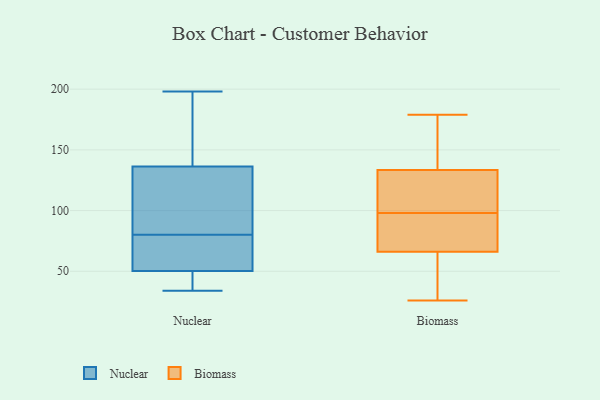
{"axis": {"x": "Customer Acquisition Cost (USD)", "y": "Value"}, "legend": ["Biomass", "Nuclear"], "data": [{"x": "", "y": 80, "type": "Nuclear"}, {"x": "", "y": 116, "type": "Nuclear"}, {"x": "", "y": 63, "type": "Nuclear"}, {"x": "", "y": 198, "type": "Nuclear"}, {"x": "", "y": 139, "type": "Nuclear"}, {"x": "", "y": 195, "type": "Nuclear"}, {"x": "", "y": 39, "type": "Nuclear"}, {"x": "", "y": 128, "type": "Nuclear"}, {"x": "", "y": 46, "type": "Nuclear"}, {"x": "", "y": 34, "type": "Nuclear"}, {"x": "", "y": 75, "type": "Nuclear"}, {"x": "", "y": 104, "type": "Biomass"}, {"x": "", "y": 179, "type": "Biomass"}, {"x": "", "y": 153, "type": "Biomass"}, {"x": "", "y": 71, "type": "Biomass"}, {"x": "", "y": 76, "type": "Biomass"}, {"x": "", "y": 74, "type": "Biomass"}, {"x": "", "y": 103, "type": "Biomass"}, {"x": "", "y": 26, "type": "Biomass"}, {"x": "", "y": 126, "type": "Biomass"}, {"x": "", "y": 151, "type": "Biomass"}, {"x": "", "y": 63, "type": "Biomass"}, {"x": "", "y": 69, "type": "Biomass"}, {"x": "", "y": 135, "type": "Biomass"}, {"x": "", "y": 35, "type": "Biomass"}, {"x": "", "y": 142, "type": "Biomass"}, {"x": "", "y": 45, "type": "Biomass"}, {"x": "", "y": 132, "type": "Biomass"}, {"x": "", "y": 104, "type": "Biomass"}, {"x": "", "y": 93, "type": "Biomass"}, {"x": "", "y": 59, "type": "Biomass"}]}